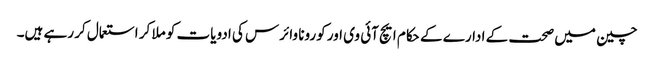
چین میں صحت کے ادارے کے حکام ایچ آئی وی اور کورونا وائرس کی ادویات کو ملا کر استعمال کر رہے ہیں۔